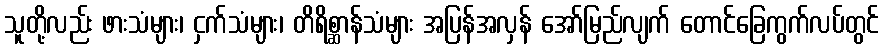
သူတို့လည်း ဖားသံများ၊ ငှက်သံများ၊ တိရိစ္ဆာန်သံများ အပြန်အလှန် အော်မြည်လျက် တောင်ခြေကွက်လပ်တွင်